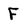
Character: F